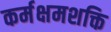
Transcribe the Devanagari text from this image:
कर्मक्षमशक्ति